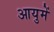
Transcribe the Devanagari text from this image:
आयुमें